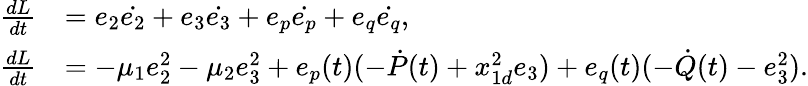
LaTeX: \begin{array}{ll}{\frac{d{L}}{d{t}}}&{={{e}_{2}}{\dot{{e}_{2}}}+{{e}_{3}}{\dot{{e}_{3}}}+{{e}_{p}}{\dot{{e}_{p}}}+{{e}_{q}}{\dot{{e}_{q}}},}\\ {\frac{d{L}}{d{t}}}&{=-{\mu}_{1}e_{2}^{2}-{\mu}_{2}e_{3}^{2}+{e}_{p}(t)(-\dot{P}(t)+{x}_{1d}^{2}{e}_{3})+{e_{q}(t)}(-\dot{Q}(t)-{e}_{3}^{2}).}\end{array}